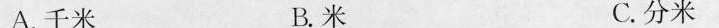
A.千米 B.米 C.分米